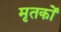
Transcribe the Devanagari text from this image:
मृतकोें